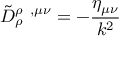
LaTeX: \tilde { D } _ { \rho } ^ { \rho \; \; , \mu \nu } = - \frac { \eta _ { \mu \nu } } { k ^ { 2 } }